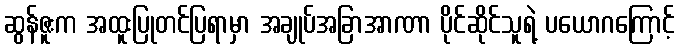
ဆွန်ဇူးက အထူးပြုတင်ပြရာမှာ အချုပ်အခြာအာဏာ ပိုင်ဆိုင်သူရဲ့ ပယောဂကြောင့်